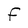
Character: F